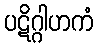
ပဋိဂ္ဂါဟကံ